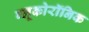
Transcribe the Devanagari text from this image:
ग्लूकोरॉनिक